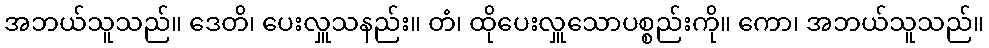
အဘယ်သူသည်။ ဒေတိ၊ ပေးလှူသနည်း။ တံ၊ ထိုပေးလှူသောပစ္စည်းကို။ ကော၊ အဘယ်သူသည်။